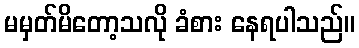
မမှတ်မိတော့သလို ခံစား နေရပါသည်။